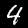
Digit: 4